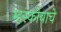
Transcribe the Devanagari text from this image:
म्हस्कोबाचे